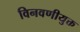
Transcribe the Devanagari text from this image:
विनवणीयुक्त